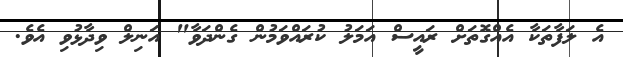
އެ ލަފާތަކާ އެއްގޮތަށް ރައީސް އަމަލު ކުރައްވަމުން ގެންދަވާ" އަނިލް ވިދާޅުވި އެވެ.